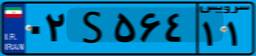
۰۲S۵۶۴۱۱